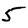
Digit: 5